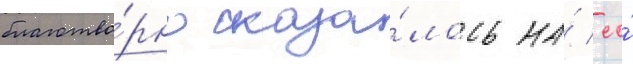
благотво́рно сказа́лось на́ ео́